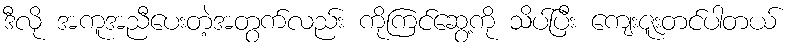
ဒီလို အကူအညီပေးတဲ့အတွက်လည်း ကိုကြင်ဆွေ့ကို သိပ်ပြီး ကျေးဇူးတင်ပါတယ်